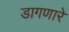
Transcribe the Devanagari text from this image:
डागणारे